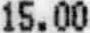
15.00